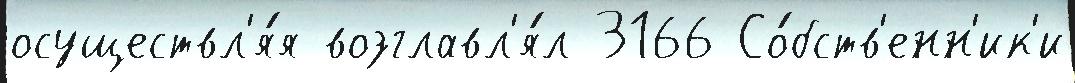
осуществл'я́я возглавл'я́л 3166 Со́бств'енн'ик'и